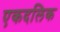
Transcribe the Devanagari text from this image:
एकदलिक